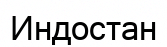
Индостан